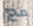
مع